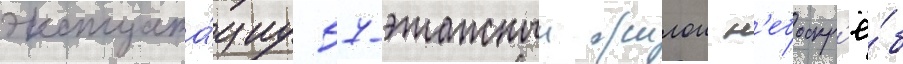
эксплуата́циу 57-этажныи жилои н'ебоскр'ё́б